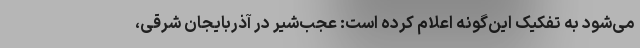
می‌شود به تفکیک این‌گونه اعلام کرده است: عجب‌شیر در آذربایجان شرقی،